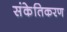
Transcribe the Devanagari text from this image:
संकेतिकरण